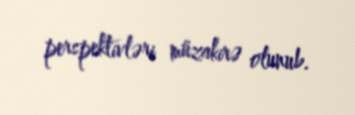
perspektivləri müzakirə olunub.